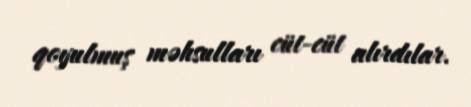
qoyulmuş məhsulları cüt-cüt alırdılar.